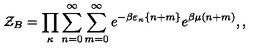
{ \cal Z } _ { B } = \prod _ { \kappa } \sum _ { n = 0 } ^ { \infty } \sum _ { m = 0 } ^ { \infty } e ^ { - \beta \varepsilon _ { \kappa } \{ n + m \} } e ^ { \beta \mu ( n + m ) } , ,